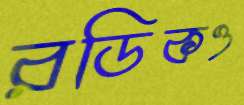
রডিকও